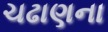
ચઢાણના